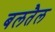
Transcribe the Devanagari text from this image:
बलतैल